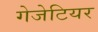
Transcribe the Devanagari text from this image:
गेजेटियर